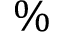
\%